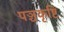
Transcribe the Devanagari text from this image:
पञ्चकृष्टि